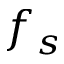
f _ { s }